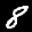
Label: 8